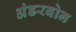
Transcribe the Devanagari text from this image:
अंडरबोन